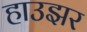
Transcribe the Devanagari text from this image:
हाउझर